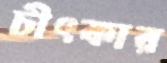
চীৎকার